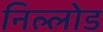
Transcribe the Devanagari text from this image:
निल्लोड